Vaccination in Bombay 1889-1901 - 1889-1901
Year: 1889
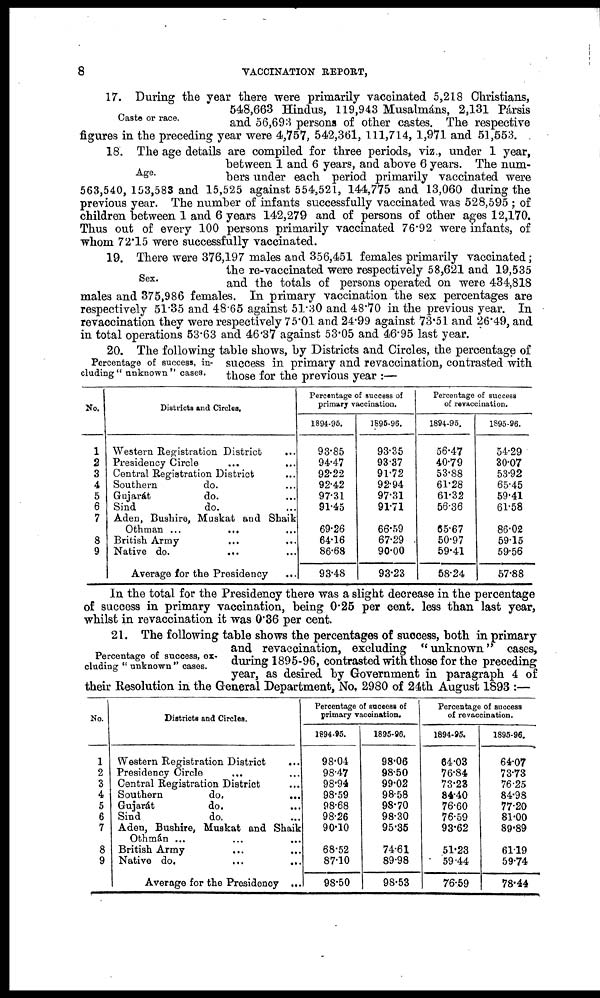
8
VACCINATION REPORT,
Caste or race.
17. During the year there were primarily vaccinated 5,218 Christians,
548,663 Hindus, 119,943 Musalmáns, 2,131 Pársis
and 56,693 persons of other castes. The respective
figures in the preceding year were 4,757, 542,361, 111,714, 1,971 and 51,553.
Age.
18. The age details are compiled for three periods, viz., under 1 year,
between 1 and 6 years, and above 6 years. The num-
bers under each period primarily vaccinated were
563,540, 153,583 and 15,525 against 554,521, 144,775 and 13,060 during the
previous year. The number of infants successfully vaccinated was 528,595 ; of
children between 1 and 6 years 142,279 and of persons of other ages 12,170.
Thus out of every 100 persons primarily vaccinated 76.92 were infants, of
whom 72.15 were successfully vaccinated.
Sex.
19. There were 376,197 males and 356,451 females primarily vaccinated;
the re-vaccinated were respectively 58,621 and 19,535
and the totals of persons operated on were 434,818
males and 375,986 females. In primary vaccination the sex percentages are
respectively 51.35 and 48.65 against 51.30 and 48.70 in the previous year. In
revaccination they were respectively 75.01 and 24.99 against 73.51 and 26.49, and
in total operations 53.63 and 40.37 against 53.05 and 46.95 last year.
Percentage of success, in-
cluding" unknown" cases.
20. The following table shows, by Districts and Circles, the percentage of
success in primary and revaccination, contrasted with
those for the previous year :—
No.
1
2
3
4
5
6
7
8
9
Districts and Circles.
Western Registration District ...
Presidency Circle ...
Central Registration District ...
Southern
do. ...
Gujarát
do. ...
Sind
do. ...
Aden, Bushire, Muskat and Shaik
Othman ... ... ...
British Army ... ...
Native do.
...
...
Average for the Presidency
...
Percentage of success of
primary vaccination.
1894-95.
93.85
94.47
92.22
92.42
97.31
91.45
69.26
64.16
86.68
93.48
1895-96.
93.35
93.37
91.72
92.94
97.31
91.71
66.59
67.29
90.00
93.23
Percentage of success
of revaccination.
1894-95.
56.47
40.79
53.88
61.28
61.32
56.36
65.67
50.97
59.41
58.24
1895-96.
54.29
30.07
53.92
65.45
59.41
61.58
86.02
59.15
59.56
57.88
In the total for the Presidency there was a slight decrease in the percentage
of success in primary vaccination, being 0.25 per cent. less than last year,
whilst in revaccination it was 0.36 per cent.
Percentage of success, ex-
cluding " unknown " cases.
21. The following table shows the percentages of success, both in primary
and revaccination, excluding "unknown" cases,
during 1895-96, contrasted with those for the preceding
year, as desired by Government in paragraph 4 of
their Resolution in the General Department, No, 2980 of 24th August 1893 :—
No.
1
2
3
4
5
6
7
8
9
Districts and Circles.
Western Registration District
...
Presidency Circle ... ...
Central Registration District ...
Southern
do. ...
Gujarát
do. ...
Sind
do. ...
Aden, Bushire, Muskat and Shaik
Othmán ... ... ...
British Army ... ...
Native do. ... ...
Average for the Presidency ...
Percentage of success of
primary vaccination.
1894-95.
98.04
98.47
98.94
98.59
98.68
98.26
90.10
68.52
87.10
98.50
1895-96.
98.06
98.50
99.02
98.58
98.70
98.30
95.35
74.61
89.98
98.53
Percentage of success
of revaccination.
1894-95.
64.03
76.84
73.23
84.40
76.60
76.59
93.62
51.23
59.44
76.59
1895-96.
64.07
73.73
76.25
84.98
77.20
81.00
89.89
61.19
59.74
78.44